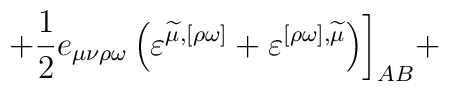
+\frac 12e_{\mu \nu \rho \omega }\left( \varepsilon^{\widetilde{\mu },[\rho \omega ]}+\varepsilon ^{[\rho \omega],\widetilde{\mu }}\right) \biggr ] _{AB}+